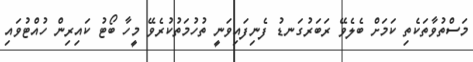
މަސްތުވާތަކެތި ކަމަށް ބެލެވޭ ރަބަރުގަނޑު ފެނިފައިވަނީ ތުހުމަތުކުރެވޭ މީހާ ބޯޓު ކައިރިން ހުއްޓުވައި